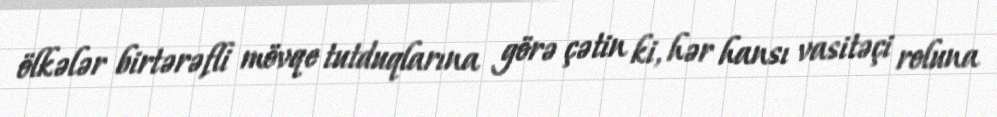
ölkələr birtərəfli mövqe tutduqlarına görə çətin ki, hər hansı vasitəçi roluna